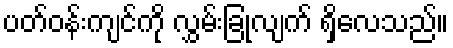
ပတ်ဝန်းကျင်ကို လွှမ်းခြုံလျက် ရှိလေသည်။